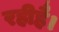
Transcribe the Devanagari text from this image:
रहीहै।